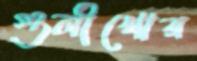
গুলীখোর